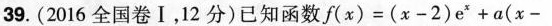
39.(2016全国卷Ⅰ，12分)已知函数$$f ( x ) = ( x - 2 ) e ^ { x } + a ( x -